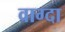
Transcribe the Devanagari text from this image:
वाग्दा